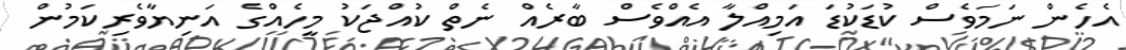
އެހެން ނަމަވެސް ކުޑަކުޑަ އަމިއްލާ އެއްވެސް ބާރެއް ނެތް ކުއްޖަކު މީހެއްގެ އަނިޔާވެރިކަމުން